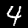
Digit: 4